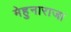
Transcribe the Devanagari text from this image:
मेहुनाराजा